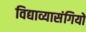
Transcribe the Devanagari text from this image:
विद्याव्यासंगियों